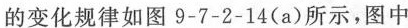
的变化规律如图9-7-2-14(a)所示，图中